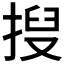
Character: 𫽍